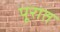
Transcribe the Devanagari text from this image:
पूरात